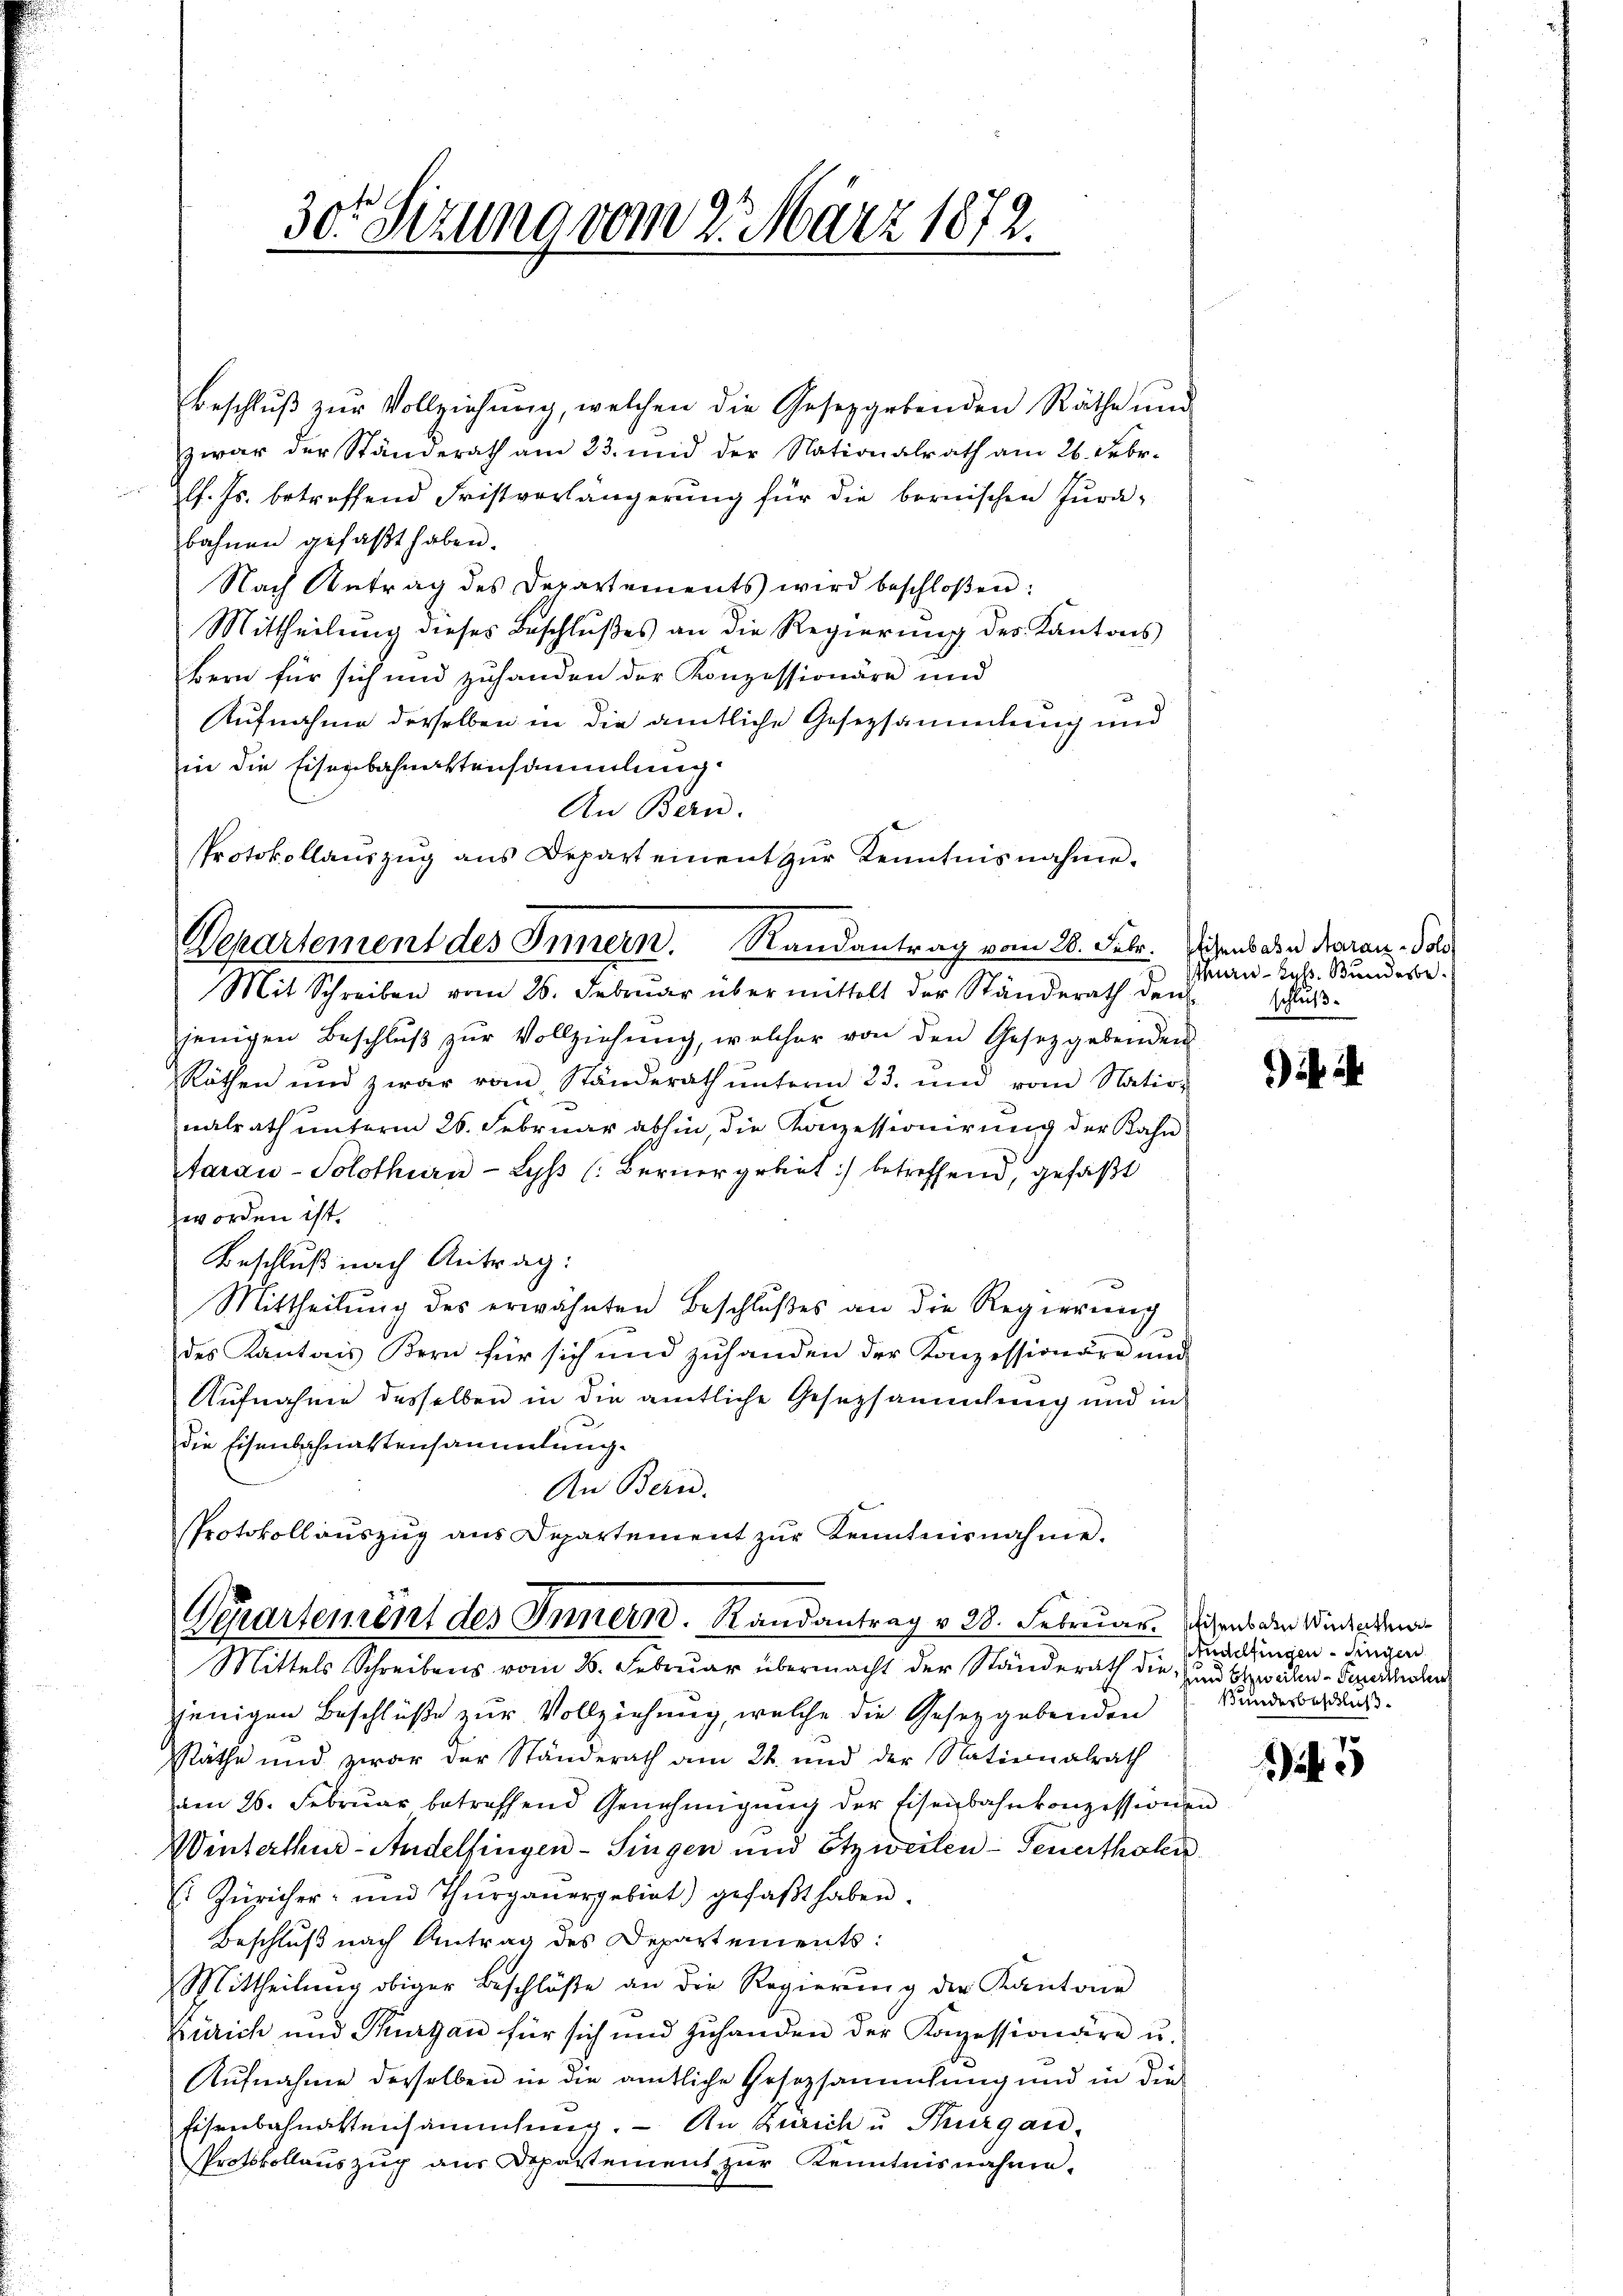
Beschlŭβ zŭr Vollziehŭng, welchen die Gesetzgebenden Räthe und
zwar der Standerath am 23. und der Nationalrath am 26. Febr.
l. Js. betreffend Fristverlängerung für die bernischen Jurabahnen gefaßt haben.
Nach Antrag des Departements wird beschloßen:
Mittheilung dieses Beschlußes an die Regierung des Kantons
Bern für sich und zuhanden der Konzessionäre und
Aufnahme derselben in die amtliche Gesetzsammlung und
in die Eisenbahnaktensammlung
An Bern.
Protokollaŭszŭg ans Depart einent zŭr Kenntnisnahme.
Mit Schreiben vom 26. Februar übermittelt der Ständerath den
jenigen Beschlŭβ zŭr Vollziehŭng, welcher von den Gesetzgebenden
Räthen und zwar vom Ständerath ŭnterm 23. und vom Nation
nalrath unterm 26. Februar abhin, die Konzessionirung der Kahn
tarau-Solothurn - Lyss (Berner gebiet:/ betreffend, gefaßt
worden ist.
Beschluß nach Antrag:
Mittheilung des erwähnten Beschlußes an die Regierung
des Kantons Bern für sich und zuhanden der Konzessionäre und
Aufnahme desselben in die amtliche Gesetzsammlung und in
die Eisenbahnattensammlung.
An Beri
Protokollauszug aus Departement zŭr Kenntnisnahme.

30. Sizung vom 2. März 1872.

Departement des Innern. Randantrag vom 28. Febr. Diens die Daran - Polo

Derartement des Innern. Randantrag v. 28. Februar. Diens den Wiederen
Mittels Schreibens vom 8. Februar übermacht der Standerath die und bewahn-Severthohen

jenigen Beschlüße zur Vollziehung, welche die Gesetzgebenden
Räthe und zwar der Ständerath am 22. und der Nationalrath
den 26. Februar betreffend Genehmigung der Eisenbahnkonzessionen
Winterthur-Andelfingen - Singen und Etzweilen - Feuertholen.
 Züricher und Thŭrgaŭergebiet) gefaβt haben.
Beschluß nach Antrag des Departements:
Mittheilung obiger Beschlüße an die Regierŭng der Kantone
Zürich und Thurgau für sich und zuhanden der Kapession dere u.
Aŭfnahme derselben in die amtliche Gesetzsammlung und in die
fisenbahnattensammlung. - An Zürich u. Thurgau,
Protokollauszug aus Departement zur Kenntnisnahme.

rn-ky. Bundesbeschluß.

) ih

Andelfingen dingen
Bundesbeschluß

5